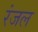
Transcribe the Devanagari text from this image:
रंजल